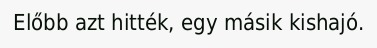
Előbb azt hitték, egy másik kishajó.